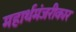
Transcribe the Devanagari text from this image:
महार्थमंजरीकार